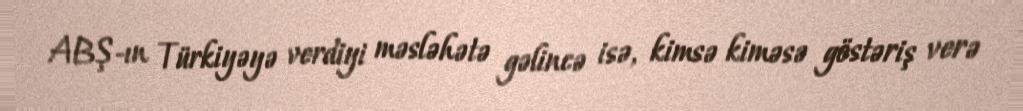
ABŞ-ın Türkiyəyə verdiyi məsləhətə gəlincə isə, kimsə kiməsə göstəriş verə